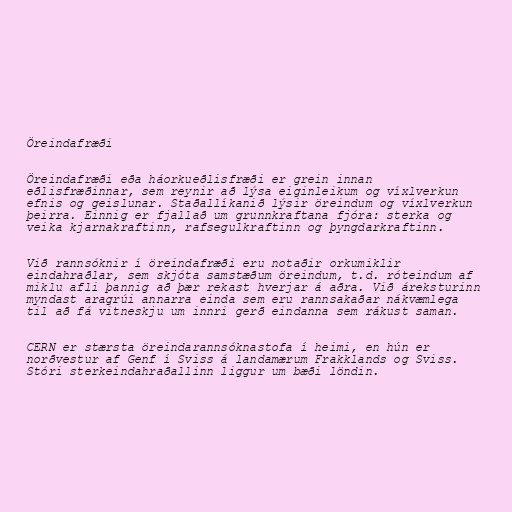
Öreindafræði

Öreindafræði eða háorkueðlisfræði er grein innan
eðlisfræðinnar, sem reynir að lýsa eiginleikum og víxlverkun
efnis og geislunar. Staðallíkanið lýsir öreindum og víxlverkun
þeirra. Einnig er fjallað um grunnkraftana fjóra: sterka og
veika kjarnakraftinn, rafsegulkraftinn og þyngdarkraftinn.

Við rannsóknir í öreindafræði eru notaðir orkumiklir
eindahraðlar, sem skjóta samstæðum öreindum, t.d. róteindum af
miklu afli þannig að þær rekast hverjar á aðra. Við áreksturinn
myndast aragrúi annarra einda sem eru rannsakaðar nákvæmlega
til að fá vitneskju um innri gerð eindanna sem rákust saman.

CERN er stærsta öreindarannsóknastofa í heimi, en hún er
norðvestur af Genf í Sviss á landamærum Frakklands og Sviss.
Stóri sterkeindahraðallinn liggur um bæði löndin.